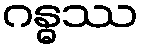
ဂန္ဓဿ